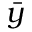
\bar { y }